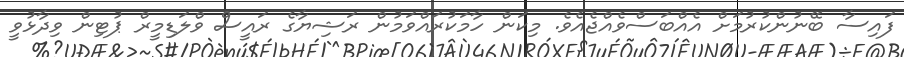
ފައިސާ ބޭނުންކުރުމަށް އެއްބަސްވެއްޖެއެވެ. މިކަން ހާމަކުރައްވަމުން ރަޝިޔާގެ ރައީސް ވްލަޑިމީރް ޕުޓިން ވިދާޅުވީ